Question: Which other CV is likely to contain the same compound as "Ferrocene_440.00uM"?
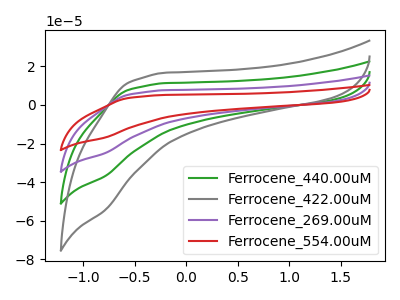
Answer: <think>The green curve "Ferrocene_440.00uM" has no peaks. The gray curve "Ferrocene_422.00uM" has no peaks. The purple curve "Ferrocene_269.00uM" has no peaks. The red curve "Ferrocene_554.00uM" has no peaks.
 Neither "Ferrocene_440.00uM" or "Ferrocene_422.00uM" have any peaks. Neither "Ferrocene_440.00uM" or "Ferrocene_269.00uM" have any peaks. Neither "Ferrocene_440.00uM" or "Ferrocene_554.00uM" have any peaks. Neither "Ferrocene_422.00uM" or "Ferrocene_269.00uM" have any peaks. Neither "Ferrocene_422.00uM" or "Ferrocene_554.00uM" have any peaks. Neither "Ferrocene_269.00uM" or "Ferrocene_554.00uM" have any peaks.</think>
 <answer>"Ferrocene_440.00uM", "Ferrocene_269.00uM" and "Ferrocene_554.00uM" have a similar shape to "Ferrocene_422.00uM".</answer>
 <eval>"Ferrocene_440.00uM" "Ferrocene_269.00uM" "Ferrocene_554.00uM"</eval>